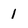
Character: 1